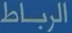
الرباط